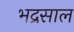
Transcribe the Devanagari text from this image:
भद्रसाल